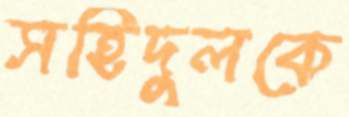
সহিদুলকে